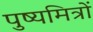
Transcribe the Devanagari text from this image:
पुष्यमित्रों